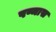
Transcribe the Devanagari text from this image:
षण्मास